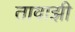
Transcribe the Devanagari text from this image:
तावाझी